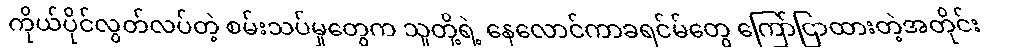
ကိုယ်ပိုင်လွတ်လပ်တဲ့ စမ်းသပ်မှုတွေက သူတို့ရဲ့ နေလောင်ကာခရင်မ်တွေ ကြော်ငြာထားတဲ့အတိုင်း